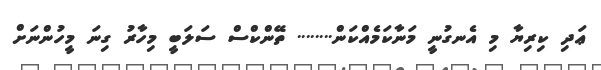
ޢަދި ކިރިޔާ މި އެނގުނީ މަނާކަމެއްކަން........ ތޭންކްސް ސަލަބީ މިހާރު ގިނަ މީހުންނަށް